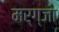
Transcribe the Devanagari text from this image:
मर्ग्जा